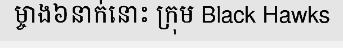
ម្ចាង៦នាក់នោះ ក្រុម Black Hawks